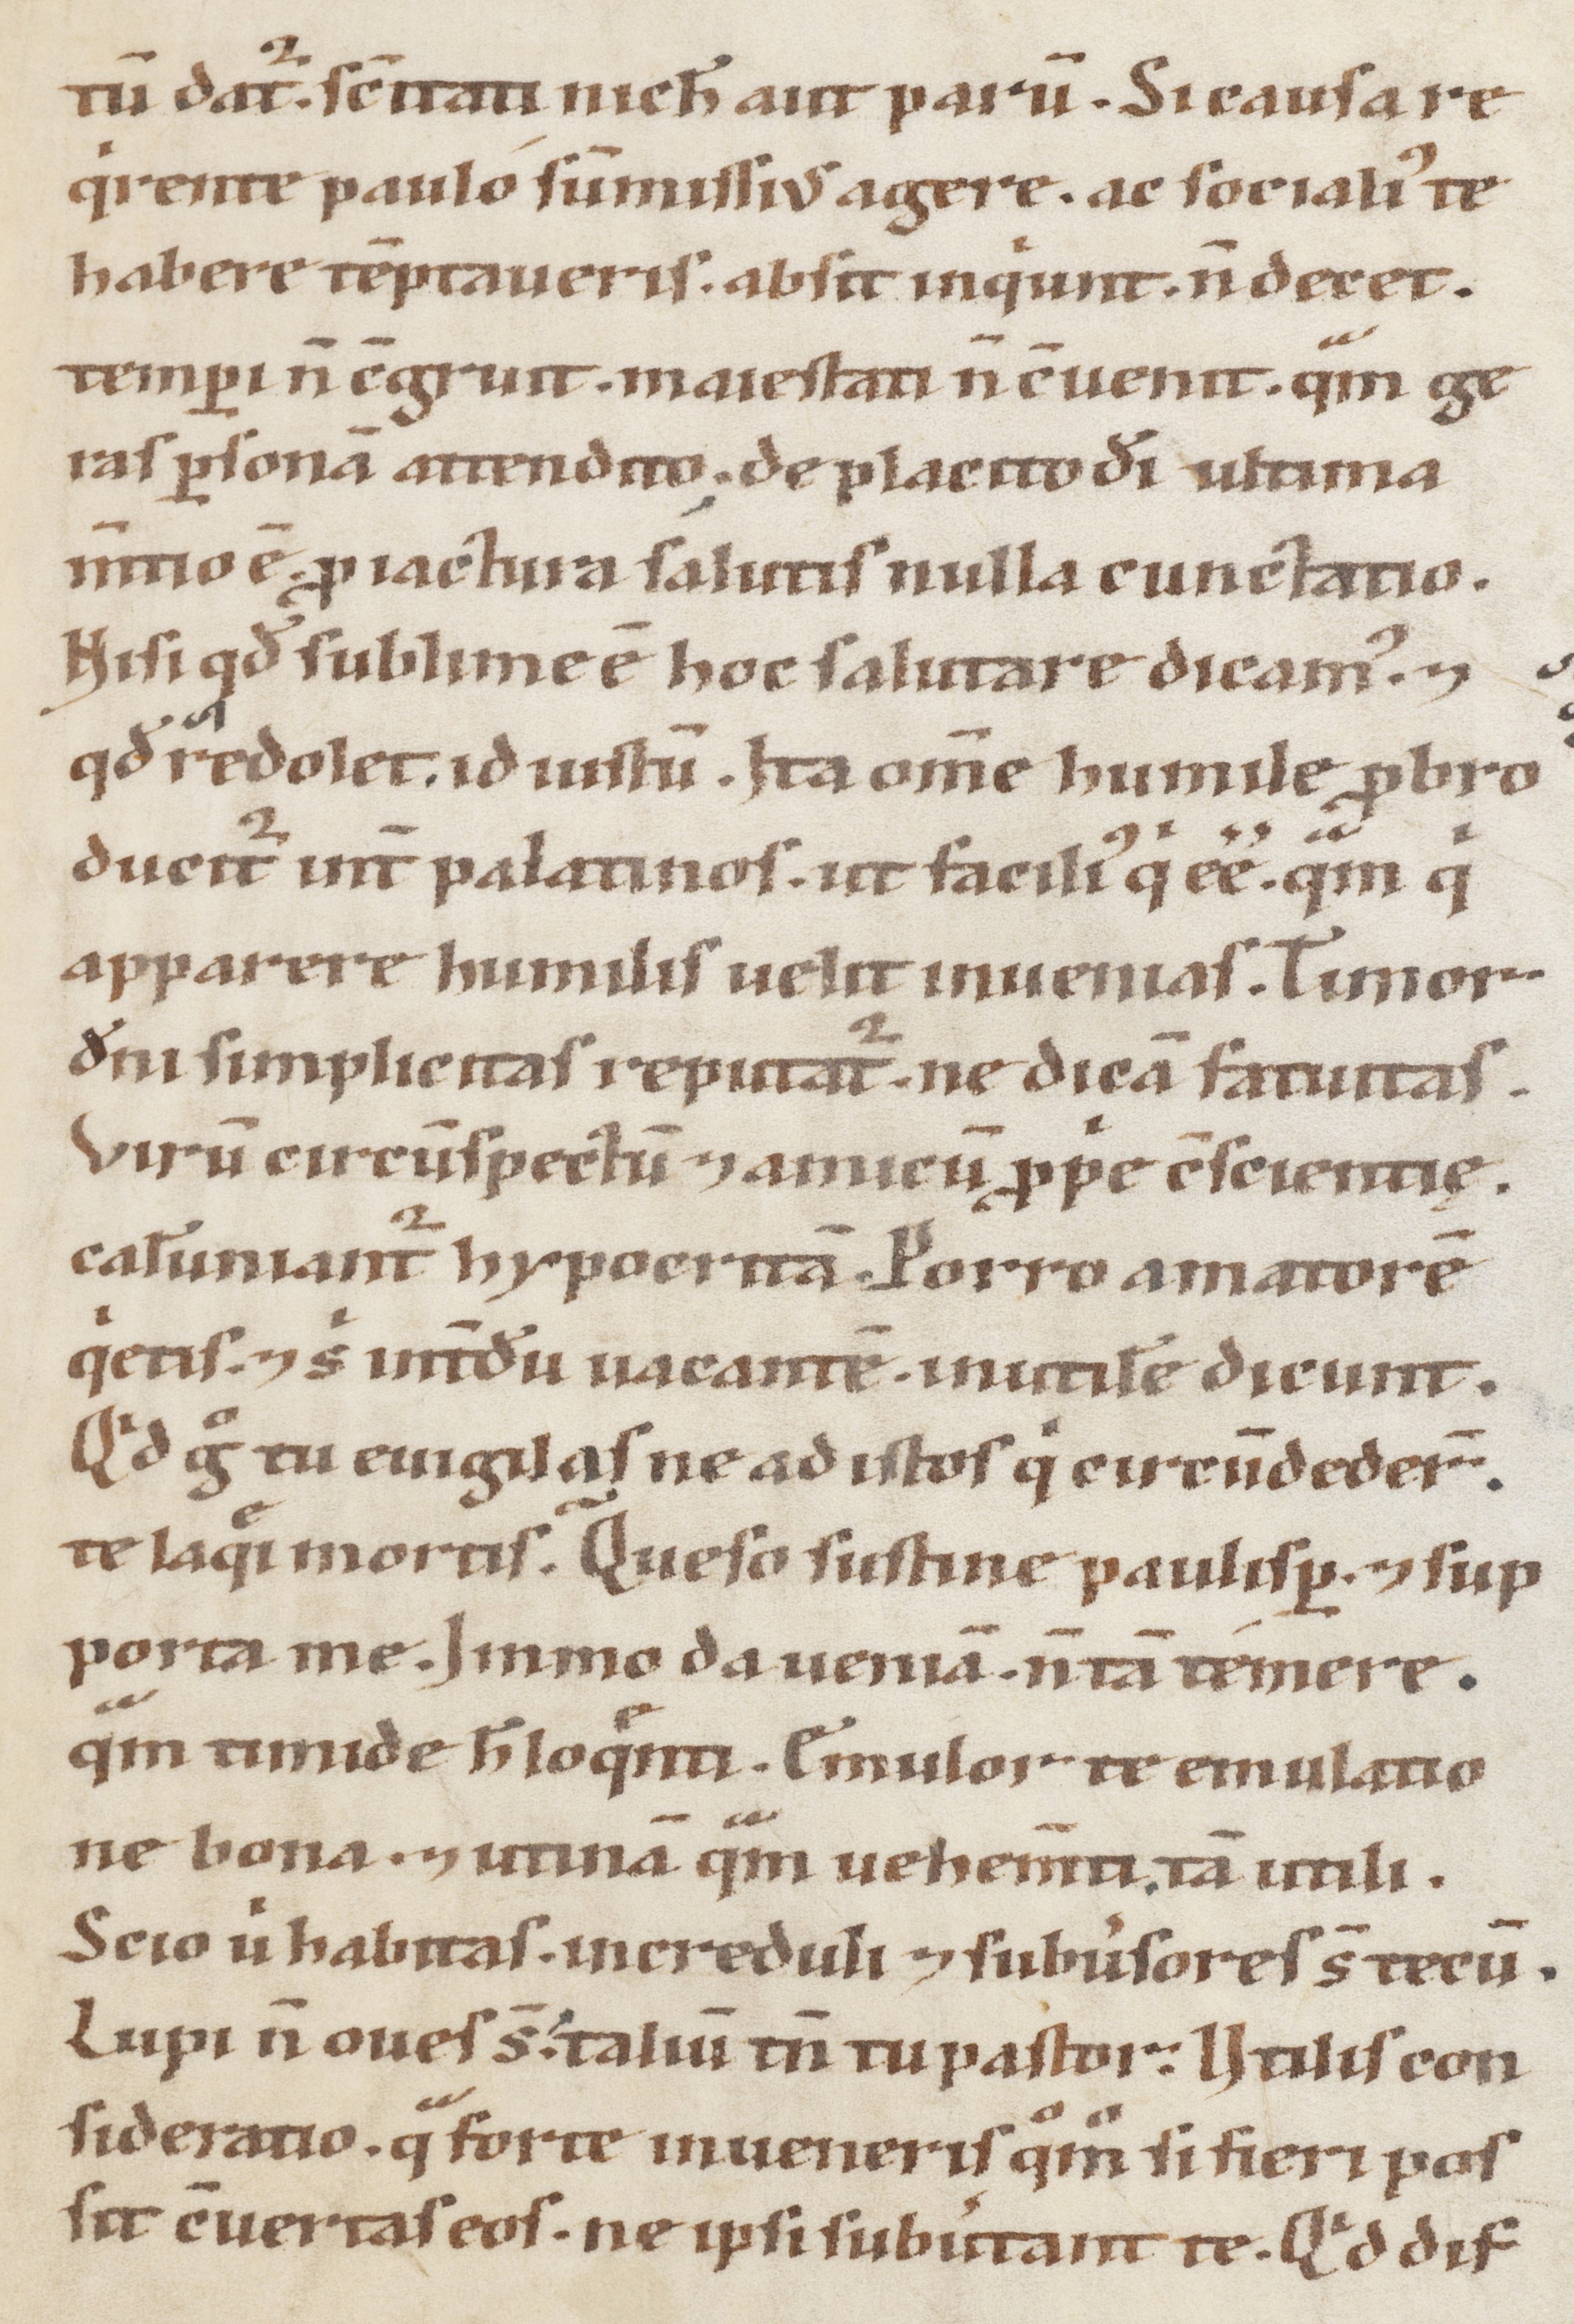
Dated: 1100–1199